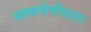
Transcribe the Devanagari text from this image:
आकर्षणीयता